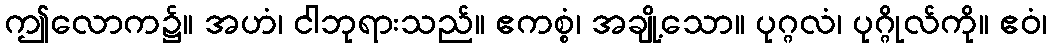
ဤလောက၌။ အဟံ၊ ငါဘုရားသည်။ ဧကစ္စံ၊ အချို့သော။ ပုဂ္ဂလံ၊ ပုဂ္ဂိုလ်ကို။ ဧဝံ၊